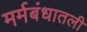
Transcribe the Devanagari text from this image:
मर्मबंधातली